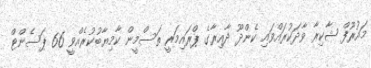
މައުރޫފް ޝާކިރާ ވާދަކުރައްވައި ކެންދޫ ދާއިރާގެ ޕްރައިމަރީ ތަސްމީން ކާމިޔާބުކުރެއްވީ 66 ޕަސެންޓް